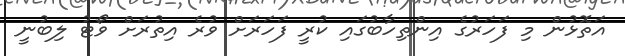
އަތޮޅުން މި ފަހަރުގެ އިންތިހާބުގައި ކުރީ ފަހަރަށް ވުރެ އިތުރަށް ވޯޓު ލިބުނީ